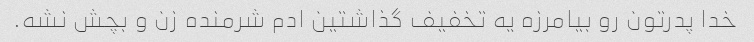
خدا پدرتون رو بیامرزه یه تخفیف گذاشتین ادم شرمنده زن و بچش نشه.